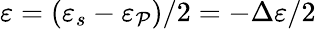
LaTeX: \varepsilon=(\varepsilon_{s}-\varepsilon_{\mathcal{P}})/2=-\Delta\varepsilon/2